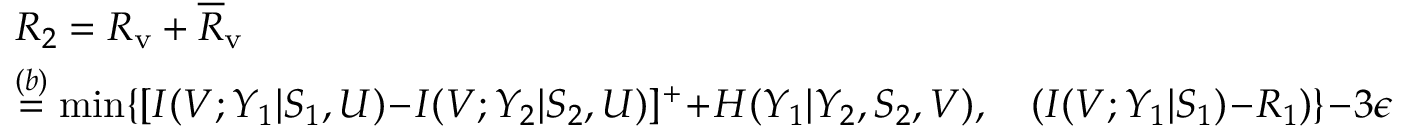
\begin{array} { r l } & { R _ { 2 } = R _ { \mathrm { v } } + \overline { { R } } _ { \mathrm { v } } } \\ & { \overset { ( b ) } { = } \operatorname* { m i n } \{ [ I ( V ; Y _ { 1 } | S _ { 1 } , U ) \! - \! I ( V ; Y _ { 2 } | S _ { 2 } , U ) ] ^ { + } \! + \! H ( Y _ { 1 } | Y _ { 2 } , S _ { 2 } , V ) , \quad ( I ( V ; Y _ { 1 } | S _ { 1 } ) \! - \! R _ { 1 } ) \} \! - \! 3 \epsilon } \end{array}